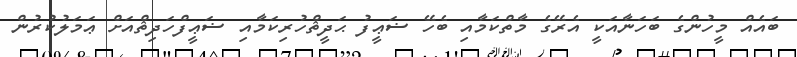
ބައެއް މީހުންގެ ބަހަނާއަކީ އެރޭގެ މާތްކަމާއި ބެހޭ ޟަޢީފު ޙަދީޘްހުރިކަމާއި ޟަޢީފްހަދިޘްއަށް ޢަމަލުކުރުން